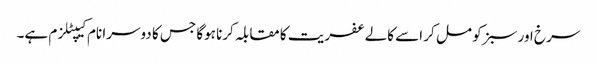
سرخ اور سبز کو مل کر اسے کالے عفریت کا مقابلہ کرنا ہوگا جس کا دوسرا نام کیپٹلزم ہے۔